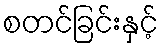
စတင်ခြင်းနှင့်